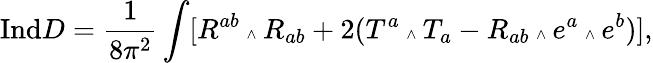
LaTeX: {\mathrm{Ind}}D=\frac{1}{8\pi^{2}}\int[R^{ab}\mathrm{\tiny~\wedge~}R_{ab}+2(T^{a}\mathrm{\tiny~\wedge~}T_{a}-R_{ab}\mathrm{\tiny~\wedge~}e^{a}\mathrm{\tiny~\wedge~}e^{b})],